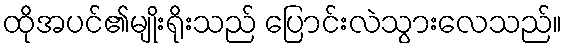
ထိုအပင်၏မျိုးရိုးသည် ပြောင်းလဲသွားလေသည်။